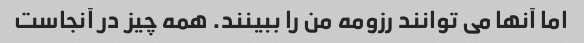
اما آنها می توانند رزومه من را ببینند. همه چیز در آنجاست